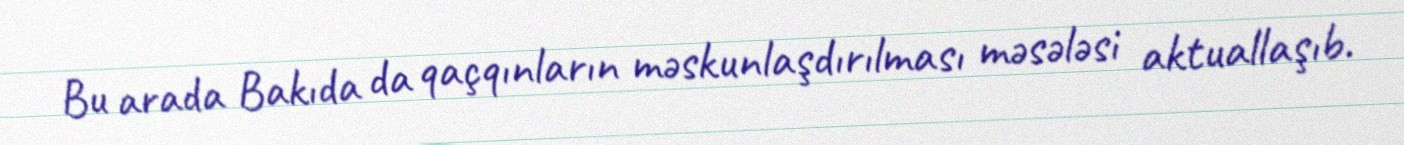
Bu arada Bakıda da qaçqınların məskunlaşdırılması məsələsi aktuallaşıb.